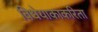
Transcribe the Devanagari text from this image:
विधेयाकाकरिता